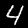
Digit: 4